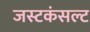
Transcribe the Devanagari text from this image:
जस्टकंसल्ट